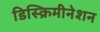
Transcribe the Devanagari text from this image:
डिस्क्रिमीनेशन